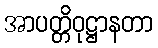
အာပတ္တိဝုဋ္ဌာနတာ